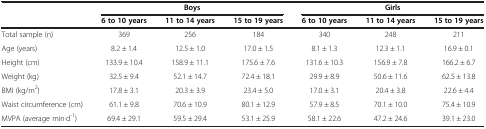
<table><thead><tr><td><b> </b></td><td colspan="3"><b>Boys</b></td><td colspan="3"><b>Girls</b></td></tr><tr><td><b> </b></td><td><b>6 to 10 years</b></td><td><b>11 to 14 years</b></td><td><b>15 to 19 years</b></td><td><b>6 to 10 years</b></td><td><b>11 to 14 years</b></td><td><b>15 to 19 years</b></td></tr></thead><tbody><tr><td>Total sample (n)</td><td>369</td><td>256</td><td>184</td><td>340</td><td>248</td><td>211</td></tr><tr><td>Age (years)</td><td>8.2 ± 1.4</td><td>12.5 ± 1.0</td><td>17.0 ± 1.5</td><td>8.1 ± 1.3</td><td>12.3 ± 1.1</td><td>16.9 ± 0.1</td></tr><tr><td>Height (cm)</td><td>133.9 ± 10.4</td><td>158.9 ± 11.1</td><td>175.6 ± 7.6</td><td>131.6 ± 10.3</td><td>156.9 ± 7.8</td><td>166.2 ± 6.7</td></tr><tr><td>Weight (kg)</td><td>32.5 ± 9.4</td><td>52.1 ± 14.7</td><td>72.4 ± 18.1</td><td>29.9 ± 8.9</td><td>50.6 ± 11.6</td><td>62.5 ± 13.8</td></tr><tr><td>BMI (kg/m<sup>2</sup>)</td><td>17.8 ± 3.1</td><td>20.3 ± 3.9</td><td>23.4 ± 5.0</td><td>17.0 ± 3.1</td><td>20.4 ± 3.8</td><td>22.6 ± 4.4</td></tr><tr><td>Waist circumference (cm)</td><td>61.1 ± 9.8</td><td>70.6 ± 10.9</td><td>80.1 ± 12.9</td><td>57.9 ± 8.5</td><td>70.1 ± 10.0</td><td>75.4 ± 10.9</td></tr><tr><td>MVPA (average min·d<sup>-1</sup>)</td><td>69.4 ± 29.1</td><td>59.5 ± 29.4</td><td>53.1 ± 25.9</td><td>58.1 ± 22.6</td><td>47.2 ± 24.6</td><td>39.1 ± 23.0</td></tr></tbody></table>